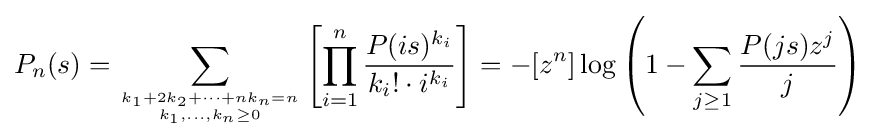
P_{n}(s)=\sum _{{k_{1}+2k_{2}+\cdots +nk_{n}=n} \atop {k_{1},\ldots ,k_{n}\geq 0}}\left[\prod _{i=1}^{n}{\frac {P(is)^{k_{i}}}{k_{i}!\cdot i^{k_{i}}}}\right]=-[z^{n}]\log \left(1-\sum _{j\geq 1}{\frac {P(js)z^{j}}{j}}\right)